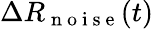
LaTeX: \Delta R_{\mathrm{~n~o~i~s~e~}}(t)